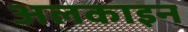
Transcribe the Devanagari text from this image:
अलकाइन